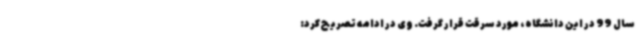
سال 99 در این دانشگاه، مورد سرقت قرار گرفت. وی در ادامه تصریح کرد: